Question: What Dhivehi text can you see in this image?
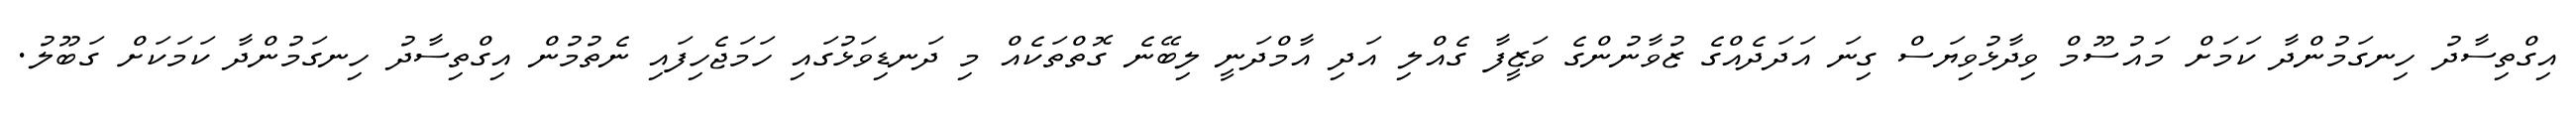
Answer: އިގްތިސާދު ހިނގަމުންދާ ކަމަށް މައުސޫމް ވިދާޅުވިޔަސް ގިނަ އަދަދެއްގެ ޒުވާނުންގެ ވަޒީފާ ގެއްލި އަދި އާމްދަނީ ލިބޭނެ ގޮތްތަކެއް މި ދަނޑިވަޅުގައި ހަމަޖެހިފައި ނެތުމުން އިގްތިސާދު ހިނގަމުންދާ ކަމަކަށް ގަބޫލު.